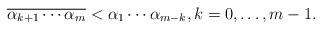
LaTeX: \begin{align*}\overline{\alpha_{k+1} \cdots \alpha_{m}} < \alpha_1 \cdots \alpha_{m-k},k=0,\ldots, m-1.\end{align*}